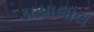
ડાયાલાલ